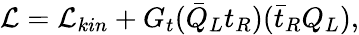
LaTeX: {\cal L}={\cal L}_{kin}+G_{t}({\bar{Q}}_{L}t_{R})({\bar{t}}_{R}Q_{L}),